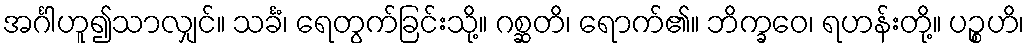
အင်္ဂါဟူ၍သာလျှင်။ သင်္ခံ၊ ရေတွက်ခြင်းသို့။ ဂစ္ဆတိ၊ ရောက်၏။ ဘိက္ခဝေ၊ ရဟန်းတို့။ ပဉ္စဟိ၊